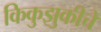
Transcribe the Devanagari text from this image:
किकुझुकीचे